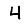
Digit: 4